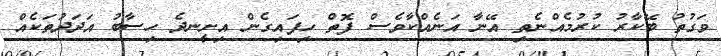
ވަގުތު ބޭކާރު ކުރުމެއްނެތި އޭނާ އަނެއްކާވެސް ފޮތް ހިފައިގެން އިށީނދެ ހިސާބު އަދަދުތަކެއް